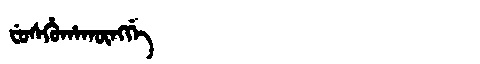
Manchu: ᠸᡠᠰᡥᡠᡥᠠᡴᡡᠩᡤᡝ
Romanization: FUSHUHAKŪNGGE